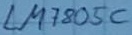
Text: LM805C